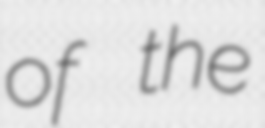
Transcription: of the